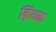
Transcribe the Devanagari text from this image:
म्रिथक